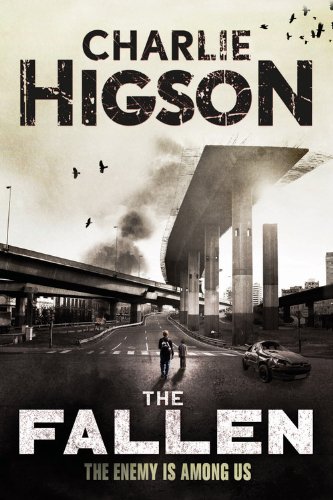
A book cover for The Fallen (An Enemy Novel); Charlie Higson; Teen & Young Adult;